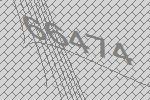
66474